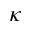
\kappa